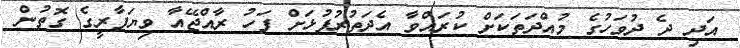
އަދި ދެ ދުވަހުގެ މުއްދަތަކަށް ކުރައްވާ އެދަތުރުފުޅަށް ފަހު ރާއްޖޭއާ ވިޔަފާރީގެ ގޮތުން